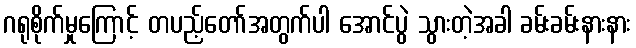
ဂရုစိုက်မှုကြောင့် တပည့်တော်အတွက်ပါ အောင်ပွဲ သွားတဲ့အခါ ခမ်းခမ်းနားနား